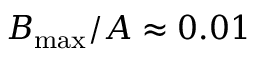
B _ { \operatorname* { m a x } } / A \approx 0 . 0 1